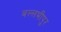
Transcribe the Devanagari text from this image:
बल्लभीपुर